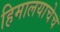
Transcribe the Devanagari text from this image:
हिमालयाचेच